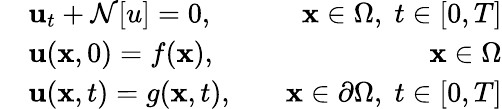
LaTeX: \begin{array}{rlr}&{\mathbf{u}_{t}+\mathcal{N}[u]=0,\quad}&{\mathbf{x}\in\Omega,\; t\in[0,T]}\\ &{\mathbf{u}(\mathbf{x},0)=f(\mathbf{x}),\quad}&{\mathbf{x}\in\Omega}\\ &{\mathbf{u}(\mathbf{x},t)=g(\mathbf{x},t),\quad}&{\mathbf{x}\in\partial\Omega,\; t\in[0,T]}\end{array}